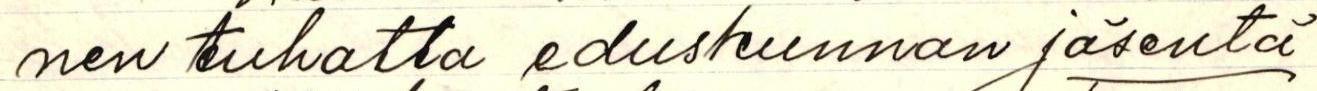
nen tuhatta eduskunnan jäsentä